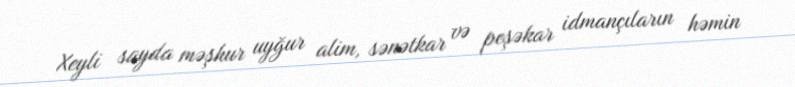
Xeyli sayda məşhur uyğur alim, sənətkar və peşəkar idmançıların həmin